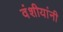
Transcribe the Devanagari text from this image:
वंशीयांनी